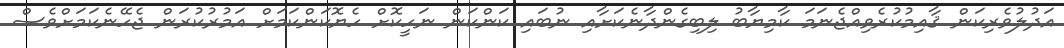
އަދުލުވެރިކަން ޤާއިމުކުރެވިއްޖެނަމަ ކާމިޔާބު ލިބިގެންދާނެކަށާއި ނުބައި ކަންކަން ނަހީކޮށް ހެޔޮކަންކަމަށް އަމުރުކުރަން ޖެހޭނެކަމަށްވެސް